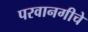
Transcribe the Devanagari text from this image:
परवानगीचे